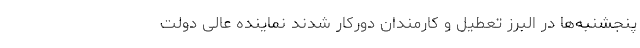
پنجشنبه‌ها در البرز تعطیل و کارمندان دورکار شدند نماینده عالی دولت